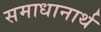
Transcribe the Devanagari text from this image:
समाधानार्थ